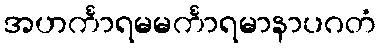
အဟင်္ကာရမမင်္ကာရမာနာပဂတံ